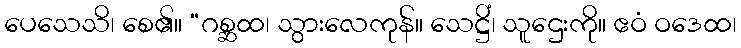
ပေသေသိ၊ စေ၏။ “ဂစ္ဆထ၊ သွားလေကုန်။ သေဋ္ဌိံ၊ သူဌေးကို။ ဧဝံ ဝဒေထ၊